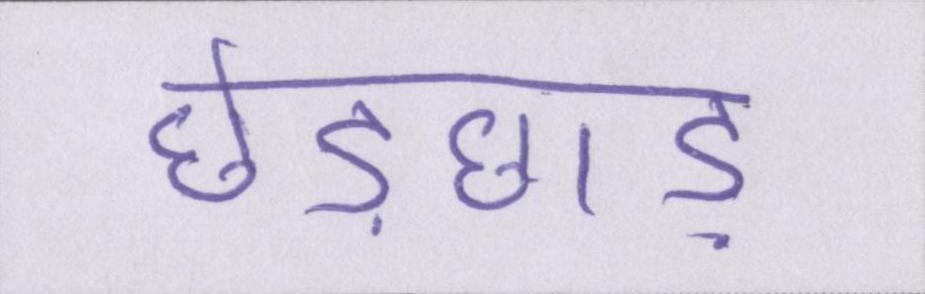
छेड़छाड़